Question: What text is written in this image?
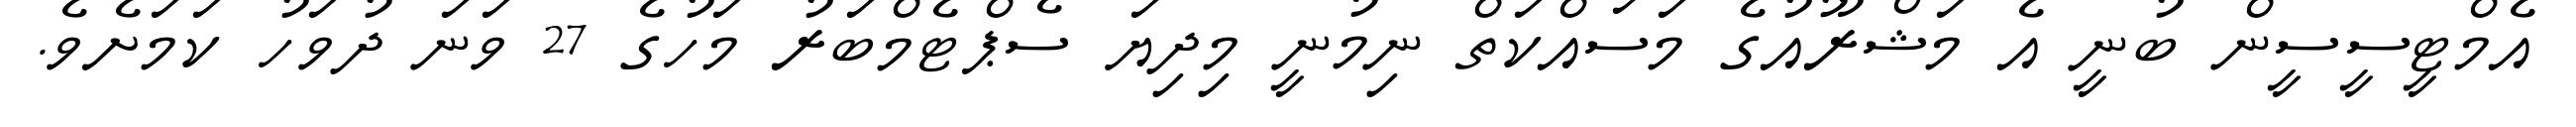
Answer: އެމްޓީސީސީން ބުނީ އެ މަޝްރޫއުގެ މަސައްކަތް ނިމުނީ މިދިޔަ ސެޕްޓެމްބަރު މަހުގެ 27 ވަނަ ދުވަހު ކަމަށެވެ.